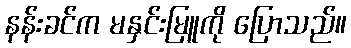
နန်းခင်က မနှင်းမြူကို ပြောသည်။